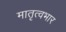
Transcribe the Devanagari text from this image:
मातृत्वभार